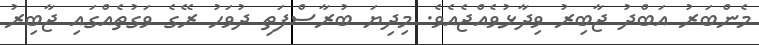
މެންބަރު އަބްދު ޖާބިރު ވިދާޅުވެއްޖެއެވެ. މިދިޔަ ބުރާސްފަތި ދުވަހު ރޭގެ ވަގުތެއްގައި ޖާބިރު